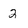
Character: 2